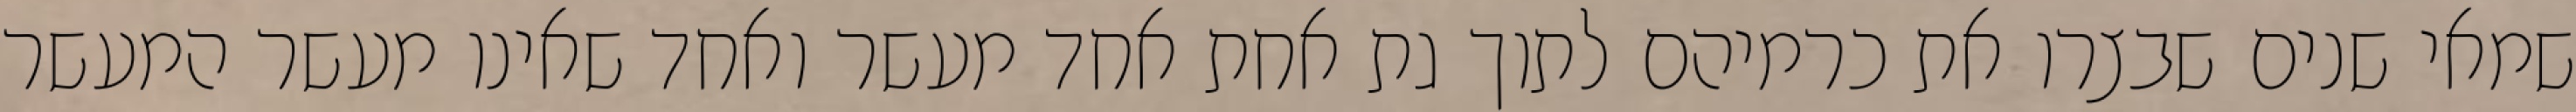
שמאי שנים שבצרו את כרמיהם לתוך גת אחת אחד מעשר ואחד שאינו מעשר המעשר